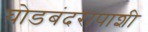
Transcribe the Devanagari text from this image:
घोडबंदरापाशी